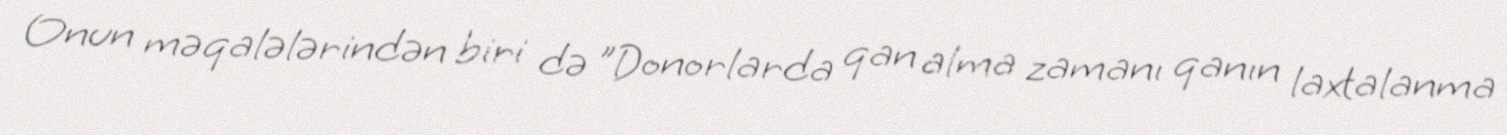
Onun məqalələrindən biri də "Donorlarda qan alma zamanı qanın laxtalanma